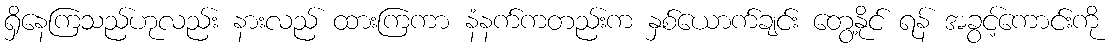
ရှိနေကြသည်ဟုလည်း နားလည် ထားကြကာ နံနက်ကတည်းက နှစ်ယောက်ချင်း တွေ့နိုင် ရန် အခွင့်ကောင်းကို